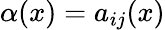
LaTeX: \alpha(x)=a_{ij}(x)